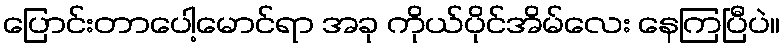
ပြောင်းတာပေါ့မောင်ရာ အခု ကိုယ်ပိုင်အိမ်လေး နေကြပြီပဲ။